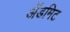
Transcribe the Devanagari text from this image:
ॲडमिट